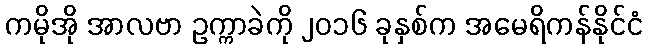
ကမိုအို အာလဗာ ဥက္ကာခဲကို ၂၀၁၆ ခုနှစ်က အမေရိကန်နိုင်ငံ